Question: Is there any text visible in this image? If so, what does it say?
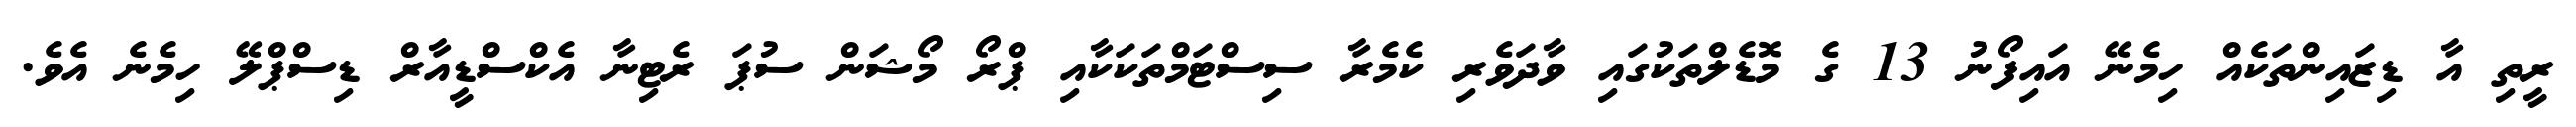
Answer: ރީތި އާ ޑިޒައިންތަކެއް ހިމެނޭ އައިފޯނު 13 ގެ މޮޑެލްތަކުގައި ވާދަވެރި ކެމެރާ ސިސްޓަމްތަކަކާއި ޕްރޯ މޯޝަން ސުޕަ ރެޓިނާ އެކްސްޑީއާރް ޑިސްޕްލޭ ހިމެނެ އެވެ.